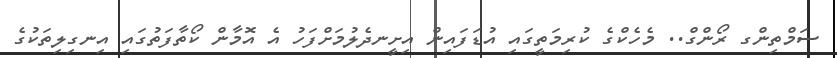
ސަމްތިންގ ރޯންގް.. މެހެކްގެ ކުރިމަތީގައި އުޑަފައިން އިށީނދެލުމަށްފަހު އެ އޮމާން ކޯތާފަތުގައި އިނގިލިތަކުގެ